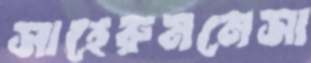
সাহেরুননেসা